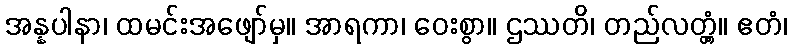
အန္နပါနာ၊ ထမင်းအဖျော်မှ။ အာရကာ၊ ဝေးစွာ။ ဌဿတိ၊ တည်လတ္တံ့။ ဧတံ၊